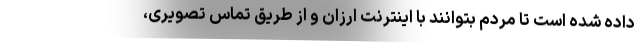
داده شده است تا مردم بتوانند با اینترنت ارزان و از طریق تماس تصویری،